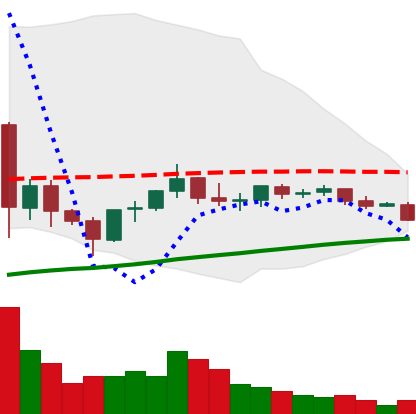
Ticker: EOS-USD
Chart end date: 2021-06-07
Forward return: -6.615%
Label: down_5_7